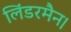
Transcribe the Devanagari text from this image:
लिंडरमैन।